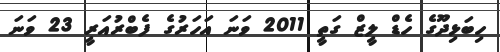
ހިބަޅިދޫގެ ހެޑް ލީޒް ގަތީ 2011 ވަނަ އަހަރުގެ ފެބްރުއަރީ 23 ވަނަ